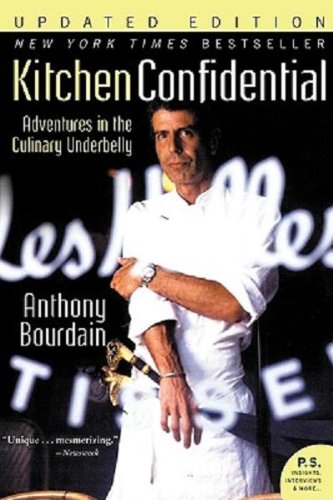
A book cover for Kitchen Confidential: Adventures in the Culinary Underbelly; Anthony Bourdain; Biographies & Memoirs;